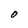
Character: O